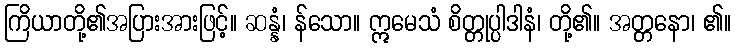
ကြိယာတို့၏အပြားအားဖြင့်။ ဆန္နံ၊ န်သော။ ဣမေသံ စိတ္တုပ္ပါဒါနံ၊ တို့၏။ အတ္တနော၊ ၏။